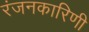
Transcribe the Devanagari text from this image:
रंजनकारिणी